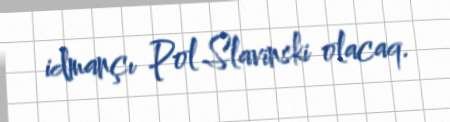
idmançı Pol Slavinski olacaq.